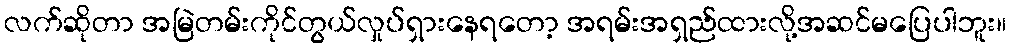
လက်ဆိုတာ အမြဲတမ်းကိုင်တွယ်လှုပ်ရှားနေရတော့ အရမ်းအရှည်ထားလို့အဆင်မပြေပါဘူး။